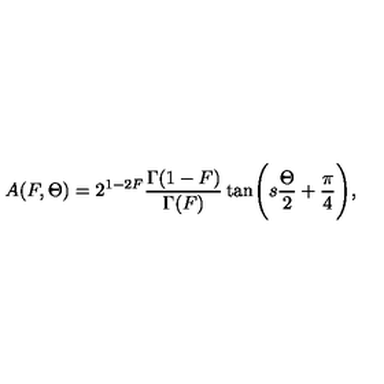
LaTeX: A ( F , \Theta ) = 2 ^ { 1 - 2 F } \frac { \Gamma ( 1 - F ) } { \Gamma ( F ) } \tan \Biggl ( s \frac { \Theta } { 2 } + \frac { \pi } { 4 } \Biggr ) ,